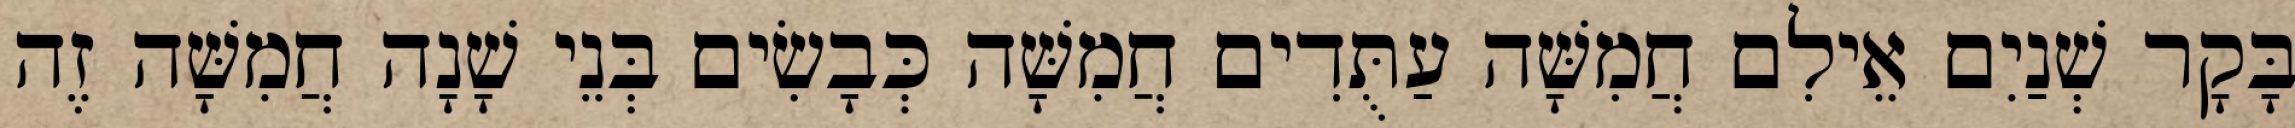
בָּקָר שְׁנַיִם אֵילִם חֲמִשָּׁה עַתֻּדִים חֲמִשָּׁה כְּבָשִׂים בְּנֵי שָׁנָה חֲמִשָּׁה זֶה